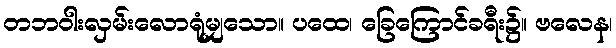
တဘဝါးလှမ်းလောရုံမျှသော။ ပထေ၊ ခြေကြောင်ခရီး၌။ ဗလေန၊